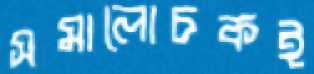
সমালোচকই